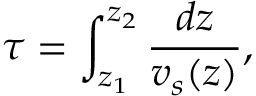
\tau = \int _ { z _ { 1 } } ^ { z _ { 2 } } \frac { d z } { v _ { s } ( z ) } ,